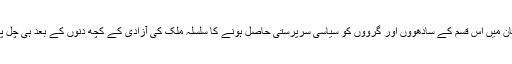
ہندوستان میں اس قسم کے سادھووں اور گرووں کو سیاسی سرپرستی حاصل ہونے کا سلسلہ ملک کی آزادی کے کچھ دنوں کے بعد ہی چل پڑا تھا۔